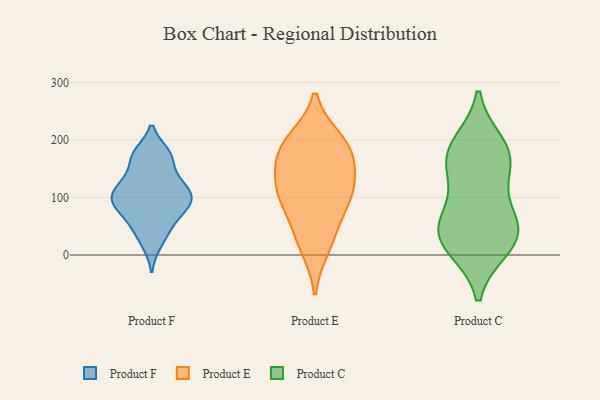
{"axis": {"x": "Conversion Rate (%)", "y": "Value"}, "legend": ["Product C", "Product E", "Product F"], "data": [{"x": "", "y": 176, "type": "Product F"}, {"x": "", "y": 137, "type": "Product F"}, {"x": "", "y": 93, "type": "Product F"}, {"x": "", "y": 116, "type": "Product F"}, {"x": "", "y": 114, "type": "Product F"}, {"x": "", "y": 79, "type": "Product F"}, {"x": "", "y": 174, "type": "Product F"}, {"x": "", "y": 86, "type": "Product F"}, {"x": "", "y": 92, "type": "Product F"}, {"x": "", "y": 48, "type": "Product F"}, {"x": "", "y": 19, "type": "Product F"}, {"x": "", "y": 125, "type": "Product F"}, {"x": "", "y": 51, "type": "Product F"}, {"x": "", "y": 96, "type": "Product F"}, {"x": "", "y": 171, "type": "Product F"}, {"x": "", "y": 33, "type": "Product E"}, {"x": "", "y": 121, "type": "Product E"}, {"x": "", "y": 195, "type": "Product E"}, {"x": "", "y": 189, "type": "Product E"}, {"x": "", "y": 166, "type": "Product E"}, {"x": "", "y": 116, "type": "Product E"}, {"x": "", "y": 12, "type": "Product E"}, {"x": "", "y": 161, "type": "Product E"}, {"x": "", "y": 200, "type": "Product E"}, {"x": "", "y": 97, "type": "Product E"}, {"x": "", "y": 71, "type": "Product E"}, {"x": "", "y": 112, "type": "Product E"}, {"x": "", "y": 124, "type": "Product C"}, {"x": "", "y": 65, "type": "Product C"}, {"x": "", "y": 161, "type": "Product C"}, {"x": "", "y": 180, "type": "Product C"}, {"x": "", "y": 15, "type": "Product C"}, {"x": "", "y": 50, "type": "Product C"}, {"x": "", "y": 42, "type": "Product C"}, {"x": "", "y": 192, "type": "Product C"}, {"x": "", "y": 13, "type": "Product C"}, {"x": "", "y": 170, "type": "Product C"}, {"x": "", "y": 42, "type": "Product C"}]}